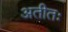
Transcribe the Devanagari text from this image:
अतीतः